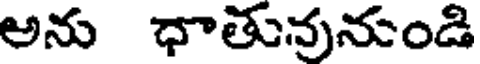
అను ధాతువునుండి